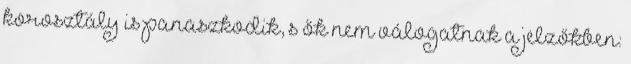
korosztály is panaszkodik, s ők nem válogatnak a jelzőkben: